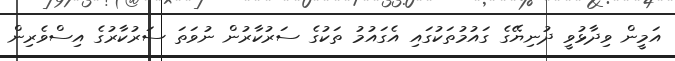
އަމީން ވިދާޅުވީ ދުނިޔޭގެ ގައުމުތަކުގައި އެގައުމު ތަކުގެ ސަރުކާރުން ނުވަތަ ސަރުކާރުގެ އިސްވެރިން